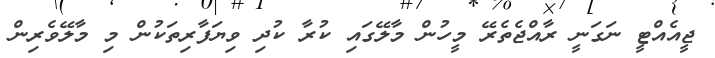
ޖީއެއްޓީ ނަގަނީ ރާއްޖެތެރޭ މީހުން މާލޭގައި ކުރާ ކުދި ވިޔަފާރިތަކުން މި މާލޭވެރިން